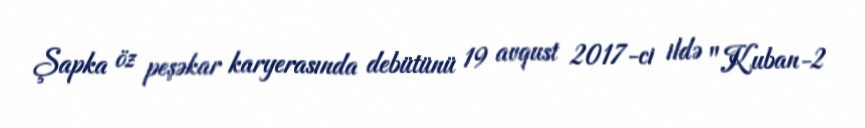
Şapka öz peşəkar karyerasında debütünü 19 avqust 2017-ci ildə "Kuban-2